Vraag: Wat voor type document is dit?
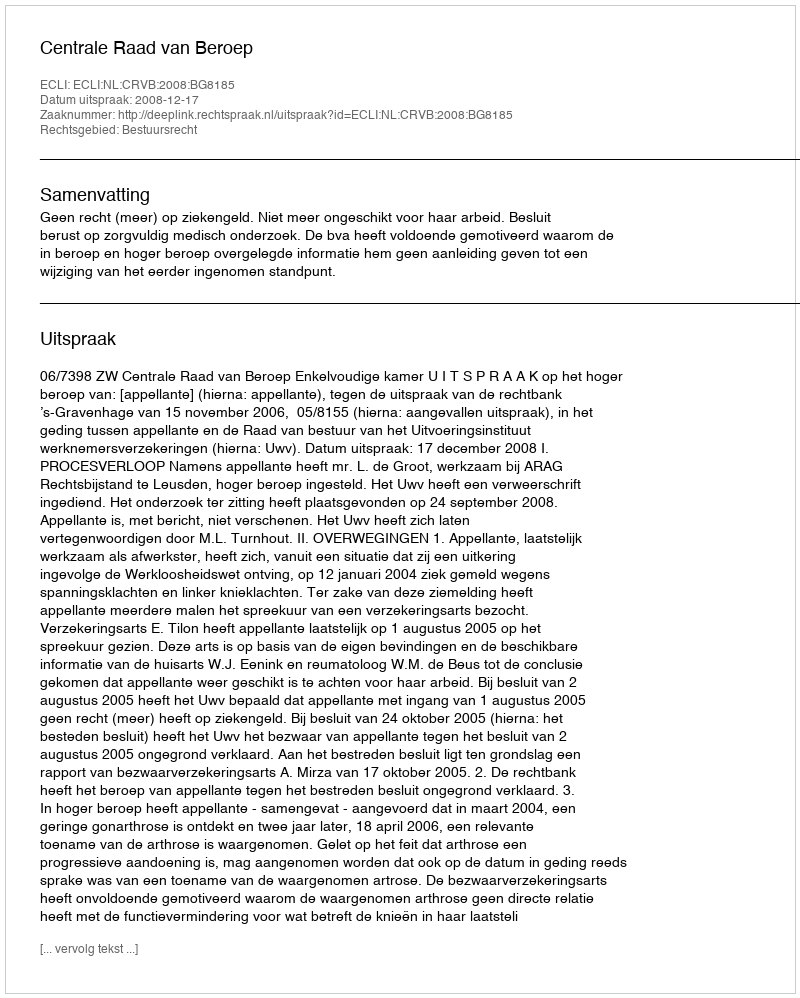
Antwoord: Uitspraak